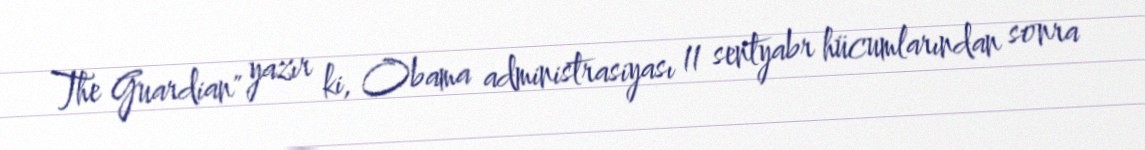
The Guardian" yazır ki, Obama administrasiyası 11 sentyabr hücumlarından sonra